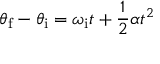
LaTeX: \theta _ { \mathrm { f } } - \theta _ { \mathrm { i } } = \omega _ { \mathrm { i } } t + { \frac { 1 } { 2 } } \alpha t ^ { 2 }